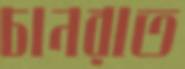
চানরাত